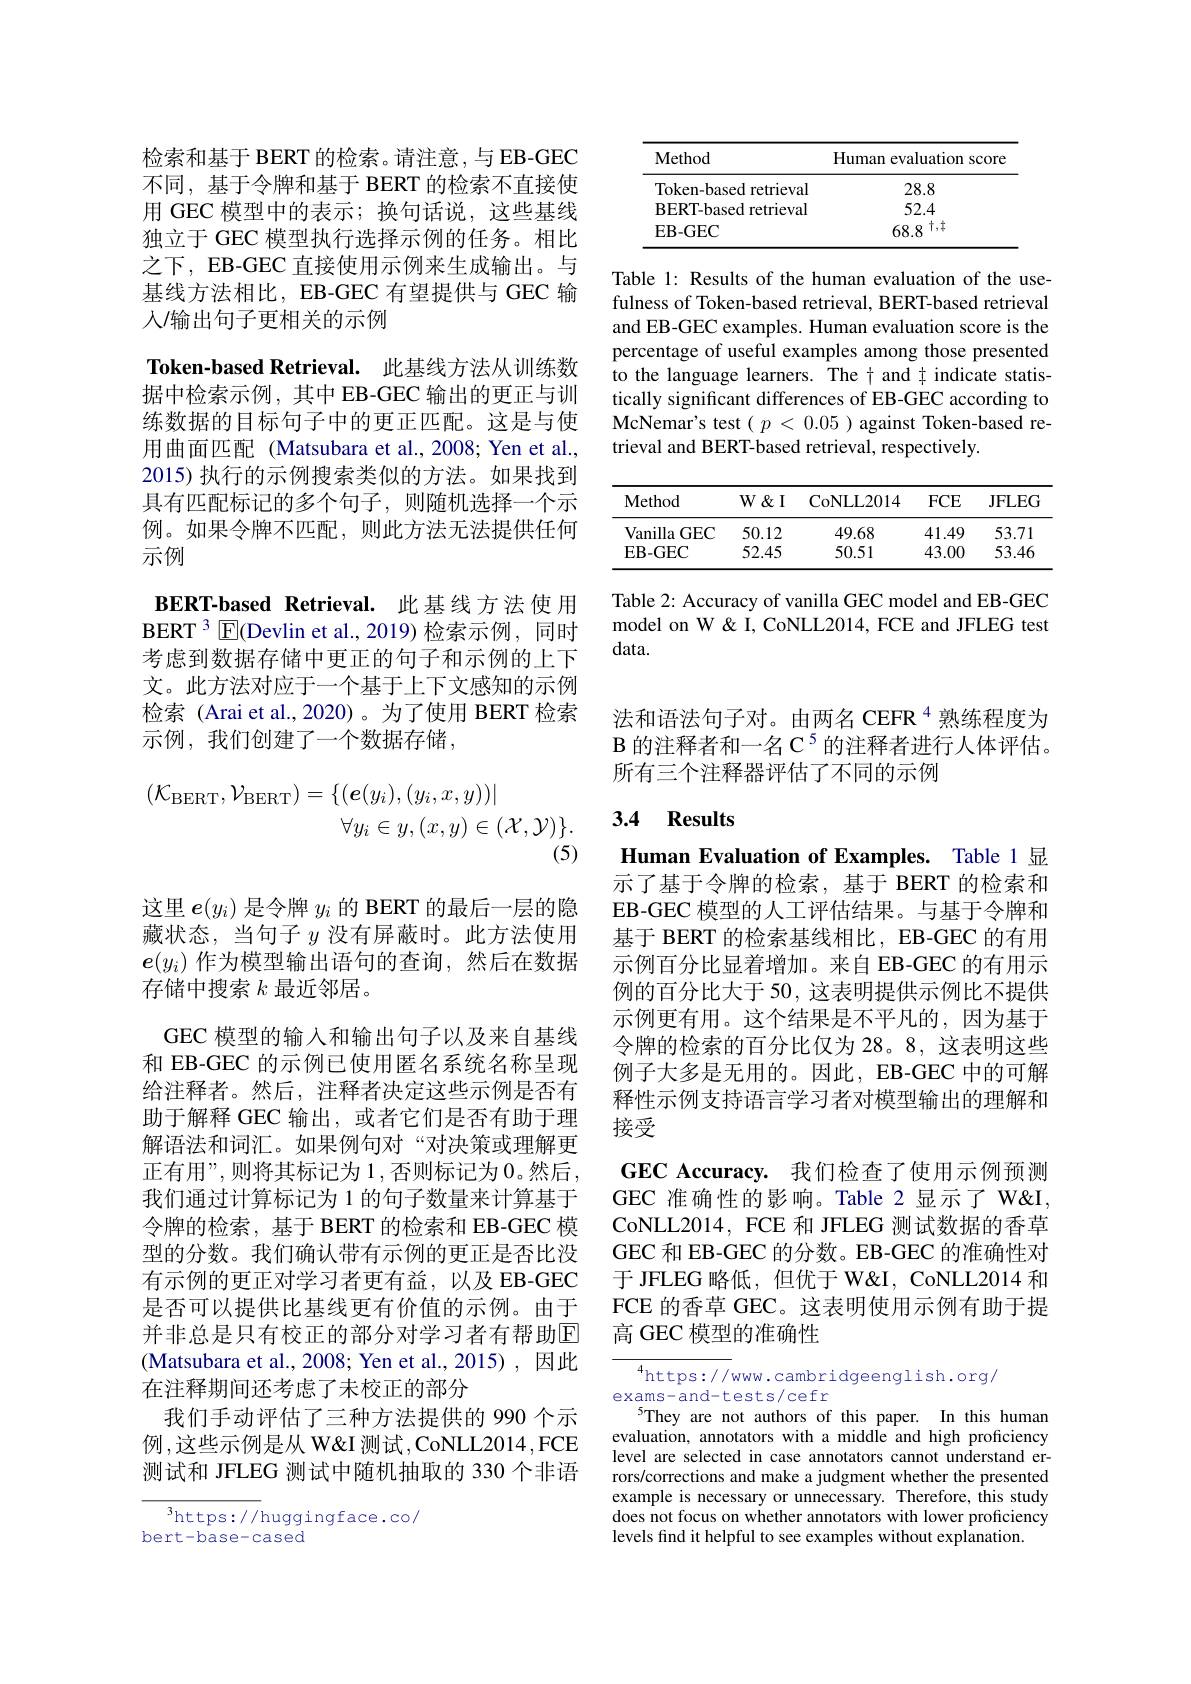
检索和基于 BERT 的检索。请注意，与 EB-GEC 不同，基于令牌和基于 BERT 的检索不直接使用 GEC 模型中的表示；换句话说，这些基线独立于 GEC 模型执行选择示例的任务。相比之下，EB-GEC 直接使用示例来生成输出。与基线方法相比，EB-GEC 有望提供与 GEC 输人/输出句子更相关的示例

Token-based Retrieval. 此基线方法从训练数据中检索示例，其中 EB-GEC 输出的更正与训练数据的目标句子中的更正匹配。这是与使用曲面匹配 (Matsubara et al., 2008; Yen et al., 2015) 执行的示例搜索类似的方法。如果找到具有匹配标记的多个句子，则随机选择一个示例。如果令牌不匹配，则此方法无法提供任何示例

BERT-based Retrieval. 此基线方法使用BERT 3 $\mathbb{E}($Devlin et al.,2019)检索示例，同时考虑到数据存储中更正的句子和示例的上下文。此方法对应于一个基于上下文感知的示例检索 (Arai et al.,2020)。为了使用 BERT 检索示例，我们创建了一个数据存储，
$$\begin{aligned}(\mathcal{K}_{\mathrm{BERT}},\mathcal{V}_{\mathrm{BERT}})&=\{(e(y_{i}),(y_{i},x,y))|\\&\forall y_{i}\in y,(x,y)\in(\mathcal{X},\mathcal{Y})\}.\\&\text{(5)}\end{aligned}$$
这里$\boldsymbol{e}(y_i)$是令牌$y_i$的 BERT 的最后一层的隐藏状态，当句子$y$没有屏蔽时。此方法使用$\boldsymbol{e}(y_i)$作为模型输出语句的查询，然后在数据存储中搜索$k$最近邻居。
GEC 模型的输入和输出句子以及来自基线和 EB-GEC 的示例已使用匿名系统名称呈现给注释者。然后，注释者决定这些示例是否有助于解释 GEC 输出，或者它们是否有助于理解语法和词汇。如果例句对“对决策或理解更正有用”,则将其标记为1，否则标记为0。然后， 我们通过计算标记为 1 的句子数量来计算基于令牌的检索，基于 BERT 的检索和 EB-GEC 模型的分数。我们确认带有示例的更正是否比没有示例的更正对学习者更有益，以及 EB-GEC 是否可以提供比基线更有价值的示例。由于并非总是只有校正的部分对学习者有帮助回(Matsubara et al., 2008; Yen et al., 2015), 因此在注释期间还考虑了未校正的部分
我们手动评估了三种方法提供的 990 个示例，这些示例是从 W&I 测试，CoNLL2014,FCE 测试和 JFLEG 测试中随机抽取的 330 个非语

$^3$https://huggingface.co/
bert-base-cased

<table>
	<tbody>
		<tr>
			<th>Method</th>
			<th>Human evaluation score</th>
		</tr>
		<tr>
			<td>Token-based retrieval</td>
			<td>28.8</td>
		</tr>
		<tr>
			<td>BERT-based retrieval</td>
			<td>52.4</td>
		</tr>
		<tr>
			<td>EB- GEC</td>
			<td>$68.8^{\dagger,\dagger}$</td>
		</tr>
	</tbody>
</table>

Table 1: Results of the human evaluation of the usefulness of Token-based retrieval, BERT-based retrieval and EB-GEC examples. Human evaluation score is the percentage of useful examples among those presented to the language learners. The $\dagger$ and $\ddagger$ indicate statistically significant differences of EB-GEC according to McNemar's test $(p<0.05)$ against Token-based retrieval and BERT-based retrieval, respectively.

<table>
	<tbody>
		<tr>
			<th>Method</th>
			<th>$W\&$I</th>
			<th>CoNLL2014</th>
			<th>$FCE$</th>
			<th>JFLEG</th>
		</tr>
		<tr>
			<td>Vanilla $GEC$</td>
			<td>50.12</td>
			<td>49.68</td>
			<td>41.49</td>
			<td>53.71</td>
		</tr>
		<tr>
			<td>$\mathbf{EB-GEC}$</td>
			<td>52.45</td>
			<td>50.51</td>
			<td>43.00</td>
			<td>53.46</td>
		</tr>
	</tbody>
</table>

Table 2: Accuracy of vanilla GEC model and EB-GEC model on W & I, CoNLL2014, FCE and JFLEG test data.

法和语法句子对。由两名 CEFR $^{4}$熟练程度为$\mathcal{B}$的注释者和一名 C$^5$的注释者进行人体评估。所有三个注释器评估了不同的示例

## 3.4 Results

Human Evaluation of Examples. Table 1 显示了基于令牌的检索，基于 BERT 的检索和EB-GEC 模型的人工评估结果。与基于令牌和基于 BERT 的检索基线相比，EB-GEC 的有用示例百分比显着增加。来自 EB-GEC 的有用示例的百分比大于 50, 这表明提供示例比不提供示例更有用。这个结果是不平凡的，因为基于令牌的检索的百分比仅为 28。8,这表明这些例子大多是无用的。因此，EB-GEC 中的可解释性示例支持语言学习者对模型输出的理解和接受
GEC Accuracy. 我们检查了使用示例预测GEC 准确性的影响。Table 2 显示了 W& CoNLL2014, FCE 和 JFLEG 测试数据的香草GEC 和 EB-GEC 的分数。EB-GEC 的准确性对于 JFLEG 略低，但优于 W& CoNLL2014 和FCE 的香草 GEC。这表明使用示例有助于提高 GEC 模型的准确性

${\frac{4}{\mathrm{https://www.cambridgeenglish.org/}}}$
exams-and-tests/cefr
$^{5}$They are not authors of this paper. In this human evaluation, annotators with a middle and high proficiency level are selected in case annotators cannot understand errors/corrections and make a judgment whether the presented example is necessary or unnecessary. Therefore, this study does not focus on whether annotators with lower proficiency levels find it helpful to see examples without explanation.